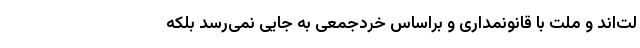
لت‌اند و ملت با قانونمداری و براساس خردجمعی به جایی نمی‌رسد بلکه